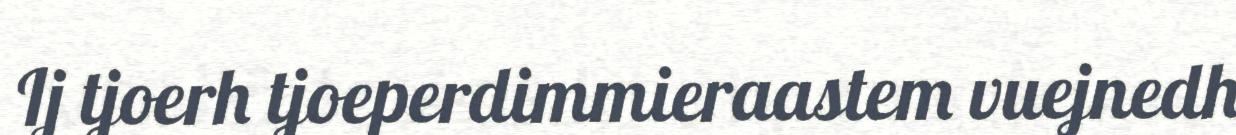
Ij tjoerh tjoeperdimmieraastem vuejnedh